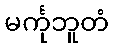
မင်္ကုဘူတံ